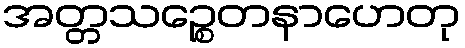
အတ္တသဉ္စေတနာဟေတု